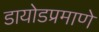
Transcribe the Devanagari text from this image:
डायोडप्रमाणे